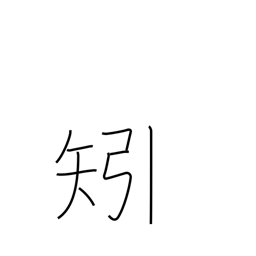
Meaning: feather (arrow)